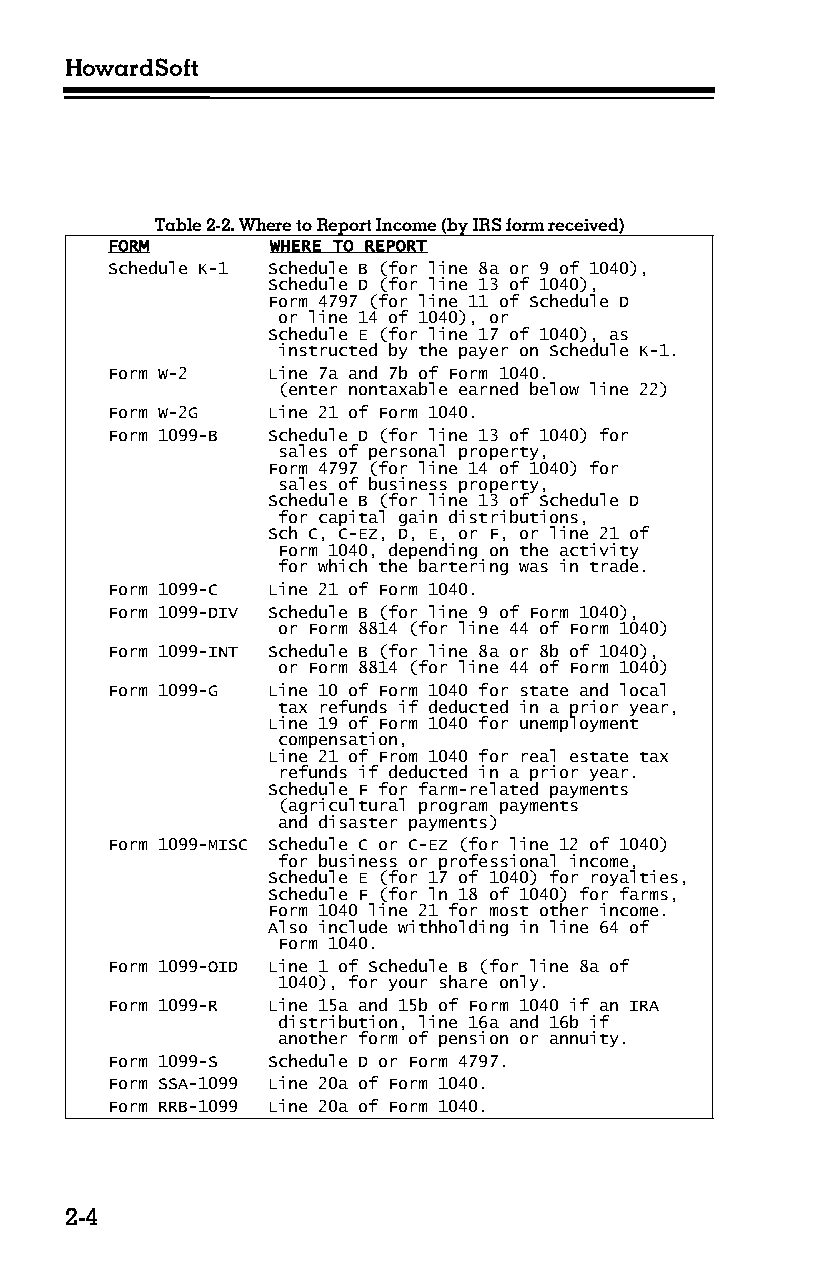
HowardSoft
 Table 2-2. Where to Report Income (by IRS form received)
 FORM       WHERE TO REPORT
 Schedule K-1 Schedule B (for line 8a or 9 of 1040),
 Schedule D (for line 13 of 1040),
 Form 4797 (for line 11 of Schedule D
 or line 14 of 1040), or
 Schedule E (for line 17 of 1040), as
 instructed by the payer on Schedule K-1.
 Form W-2   Line 7a and 7b of Form 1040.
 (enter nontaxable earned below line 22)
 Form W-2G  Line 21 of Form 1040.
 Form 1099-B Schedule D (for line 13 of 1040) for
 sales of personal property,
 Form 4797 (for line 14 of 1040) for
 sales of business property,
 Schedule B (for line 13 of Schedule D
 for capital gain distributions,
 Sch C, C-EZ, D, E, or F, or line 21 of
 Form 1040, depending on the activity
 for which the bartering was in trade.
 Form 1099-C Line 21 of Form 1040.
 Form 1099-DIV Schedule B (for line 9 of Form 1040),
 or Form 8814 (for line 44 of Form 1040)
 Form 1099-INT Schedule B (for line 8a or 8b of 1040),
 or Form 8814 (for line 44 of Form 1040)
 Form 1099-G Line 10 of Form 1040 for state and local
 tax refunds if deducted in a prior year,
 Line 19 of Form 1040 for unemployment
 compensation,
 Line 21 of From 1040 for real estate tax
 refunds if deducted in a prior year.
 Schedule F for farm-related payments
 (agricultural program payments
 and disaster payments)
 Form 1099-MISC Schedule C or C-EZ (for line 12 of 1040)
 for business or professional income,
 Schedule E (for 17 of 1040) for royalties,
 Schedule F (for ln 18 of 1040) for farms,
 Form 1040 line 21 for most other income.
 Also include withholding in line 64 of
 Form 1040.
 Form 1099-OID Line 1 of Schedule B (for line 8a of
 1040), for your share only.
 Form 1099-R Line 15a and 15b of Form 1040 if an IRA
 distribution, line 16a and 16b if
 another form of pension or annuity.
 Form 1099-S Schedule D or Form 4797.
 Form SSA-1099 Line 20a of Form 1040.
 Form RRB-1099 Line 20a of Form 1040.
 2-4